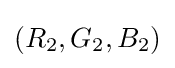
(R_{2},G_{2},B_{2})